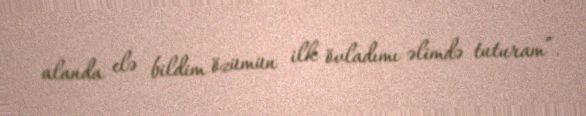
alanda elə bildim özümün ilk övladımı əlimdə tuturam”.